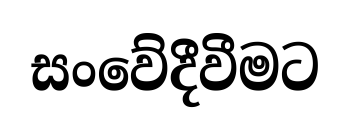
සංවේදීවීමට